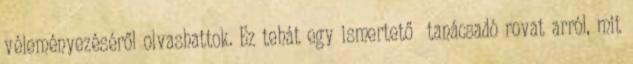
véleményezéséről olvashattok. Ez tehát egy ismertető tanácsadó rovat arról, mit